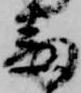
番